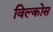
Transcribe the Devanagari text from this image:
विल्कोस